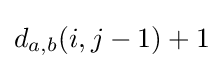
d_{a,b}(i,j-1)+1